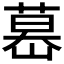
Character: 𦷤